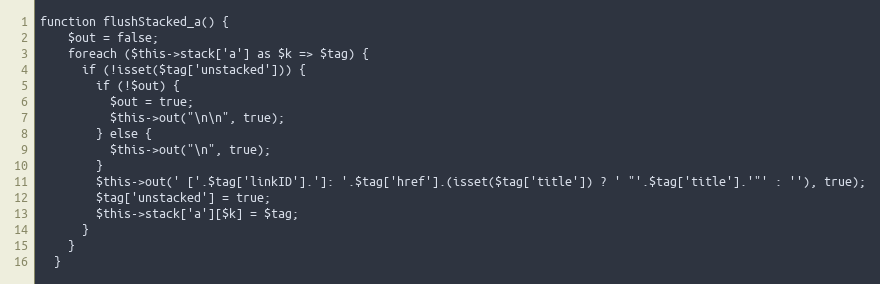
Language: PHP
function flushStacked_a() {
    $out = false;
    foreach ($this->stack['a'] as $k => $tag) {
      if (!isset($tag['unstacked'])) {
        if (!$out) {
          $out = true;
          $this->out("\n\n", true);
        } else {
          $this->out("\n", true);
        }
        $this->out(' ['.$tag['linkID'].']: '.$tag['href'].(isset($tag['title']) ? ' "'.$tag['title'].'"' : ''), true);
        $tag['unstacked'] = true;
        $this->stack['a'][$k] = $tag;
      }
    }
  }